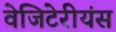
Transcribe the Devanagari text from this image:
वेजिटेरीयंस